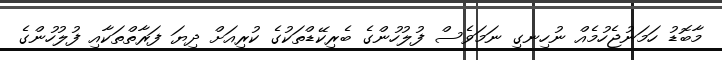
މާބޮޑު ހަމަނުޖެހުމެއް ނުހިނގި ނަމަވެސް ފުލުހުންގެ ބެރިކޭޑްތަކުގެ ކުރިއަށް ދިޔަ ފަރާތްތަކާއި ފުލުހުންގެ